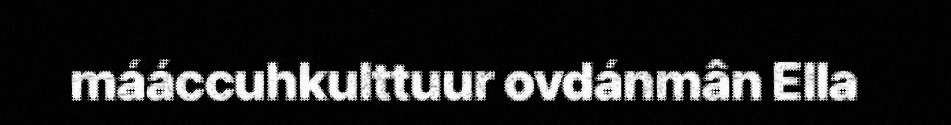
mááccuhkulttuur ovdánmân Ella